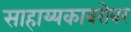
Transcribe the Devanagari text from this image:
साहाय्यकाबरोबर